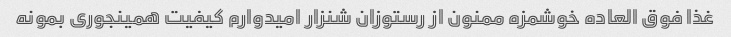
غذا فوق العاده خوشمزه ممنون از رستوزان شنزار امیدوارم کیفیت همینجوری بمونه